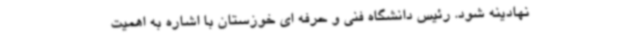
نهادینه شود. رئیس دانشگاه فنی و حرفه ای خوزستان با اشاره به اهمیت